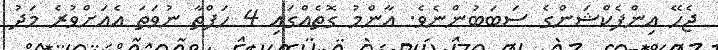
ޖެހޭ އިންފެކްޝަންގެ ސަބަބުންނެވެ. އާންމު ގޮތެއްގައި 4 ހަފްތާ ނުވަތަ އެއަށްވުރެ މަދު